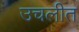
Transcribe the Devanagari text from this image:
उचलीत